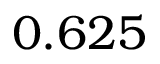
0 . 6 2 5